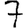
Digit: 7